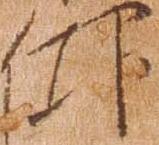
仰